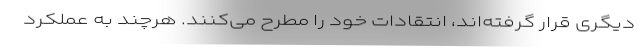
دیگری قرار گرفته‌اند، انتقادات خود را مطرح می‌کنند. هرچند به عملکرد